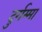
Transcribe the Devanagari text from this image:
दुर्गम्मा